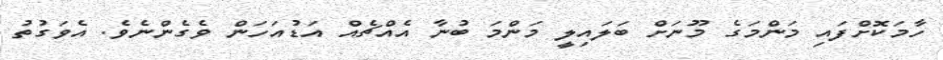
ހާމަކޮށްފައި މަންމަގެ މޫނަށް ބަލައިލީ މަންމަ ބުނާ އެއްޗެއް އަޑުއަހަން ވެގެންނެވެ. އެވަގުތު